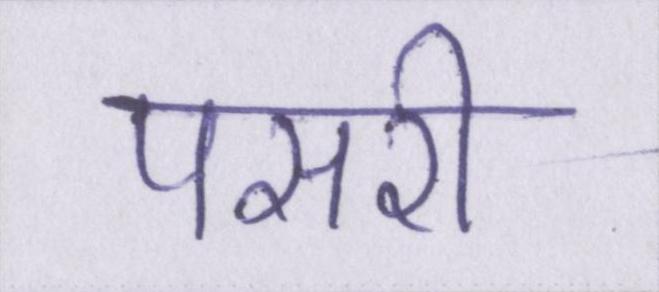
पसरी